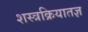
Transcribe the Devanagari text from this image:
शस्त्रक्रियातज्ञ